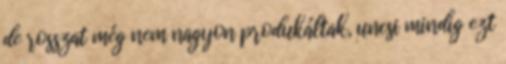
de rosszat még nem nagyon produkáltak, uncsi mindig ezt